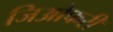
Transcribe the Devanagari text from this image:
जिओफरी